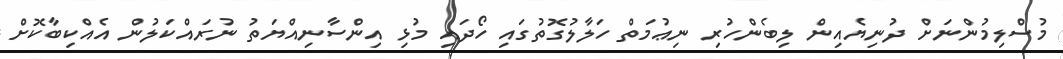
މުސްލިމުންނަށް ދުނިޔެއިން ލިބެންހުރި ނިޢުމަތް ހަލާލުގޮތުގައި ހޯދައި މުޅި އިންސާނިއްޔަތު ނުރައްކަލުން އެއްކިބާކޮށް